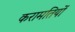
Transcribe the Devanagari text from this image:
करामतियों